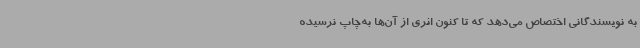
به نویسندگانی اختصاص می‌دهد که تا کنون اثری از آن‌ها به‌چاپ نرسیده